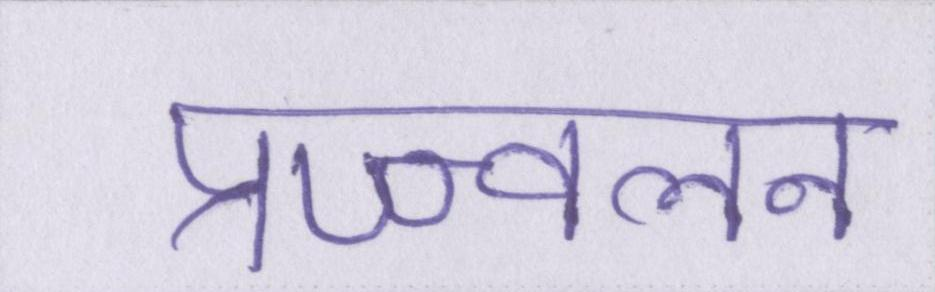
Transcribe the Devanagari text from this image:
प्रज्ज्वलन